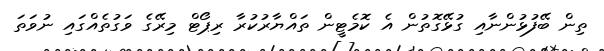
ތިން ބޭފުޅުންނާއި ގުޅޭގޮތުން އެ ކޮމެޓީން ތައްޔާރުކުރާ ރިޕޯޓް މިރޭގެ ވަގުތެއްގައި ނުވަތަ